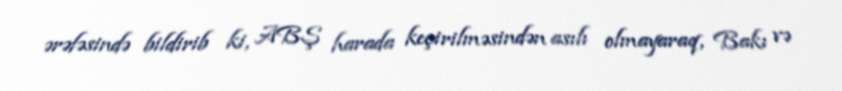
ərəfəsində bildirib ki, ABŞ harada keçirilməsindən asılı olmayaraq, Bakı və